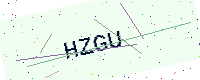
Text: HZGU